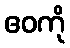
ဧဝကို